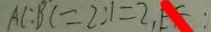
A C : B C = 2 : 1 = 2 , E F :